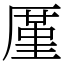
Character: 厪